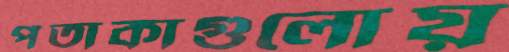
পতাকাগুলোয়